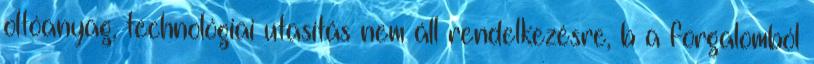
oltóanyag, technológiai utasítás nem áll rendelkezésre, b a forgalomból